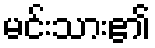
မင်းသား၏